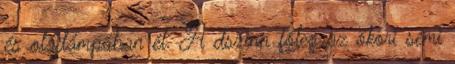
és olajlámpában él. A dszinn főleg az ókori sémi